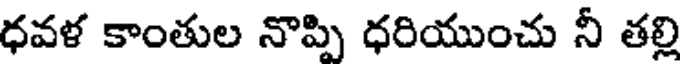
ధవళ కాంతుల నొప్పి ధరియుంచు నీ తల్లి